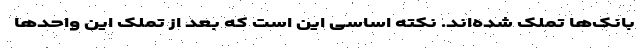
بانک‌ها تملک شده‌اند. نکته اساسی این است که بعد از تملک این واحدها